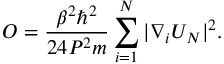
O = \frac { \beta ^ { 2 } \hbar ^ { 2 } } { 2 4 P ^ { 2 } m } \sum _ { i = 1 } ^ { N } | \nabla _ { i } U _ { N } | ^ { 2 } .